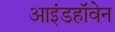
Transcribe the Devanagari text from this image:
आइंडहॉवेन